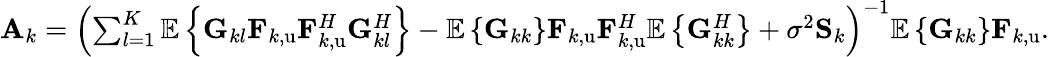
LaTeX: \begin{array}{r}{\mathbf{A}_{k}=\left(\sum_{l=1}^{K}{\mathbb{E}\left\{ \mathbf{G}_{kl}\mathbf{F}_{k,\mathrm{u}}\mathbf{F}_{k,\mathrm{u}}^{H}\mathbf{G}_{kl}^{H}\right\} }-\mathbb{E}\left\{ \mathbf{G}_{kk}\right\} \mathbf{F}_{k,\mathrm{u}}\mathbf{F}_{k,\mathrm{u}}^{H}\mathbb{E}\left\{ \mathbf{G}_{kk}^{H}\right\} +\sigma^{2}\mathbf{S}_{k}\right)^{-1}\mathbb{E}\left\{ \mathbf{G}_{kk}\right\} \mathbf{F}_{k,\mathrm{u}}.}\end{array}